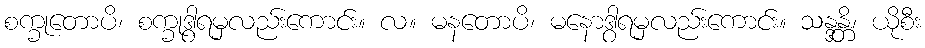
စက္ခုတောပိ၊ စက္ခုဒွါရမှလည်းကောင်း။ လ။ မနတောပိ၊ မနောဒွါရမှလည်းကောင်း။ သန္ဒန္တိ၊ ယိုစီး